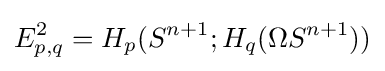
E_{p,q}^{2}=H_{p}(S^{n+1};H_{q}(\Omega S^{n+1}))